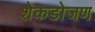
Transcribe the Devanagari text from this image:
शेकडोजण